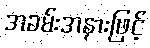
အခမ်းအနားဖြင့်